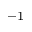
^ { - 1 }